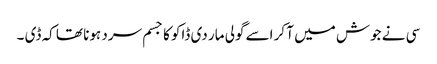
سی نے جوش میں آ کر اسے گولی مار دی ڈاکو کا جسم سرد ہونا تھا کہ ڈی ۔